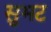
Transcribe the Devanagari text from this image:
सुभट